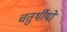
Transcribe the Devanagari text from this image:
चतुर्थीयों